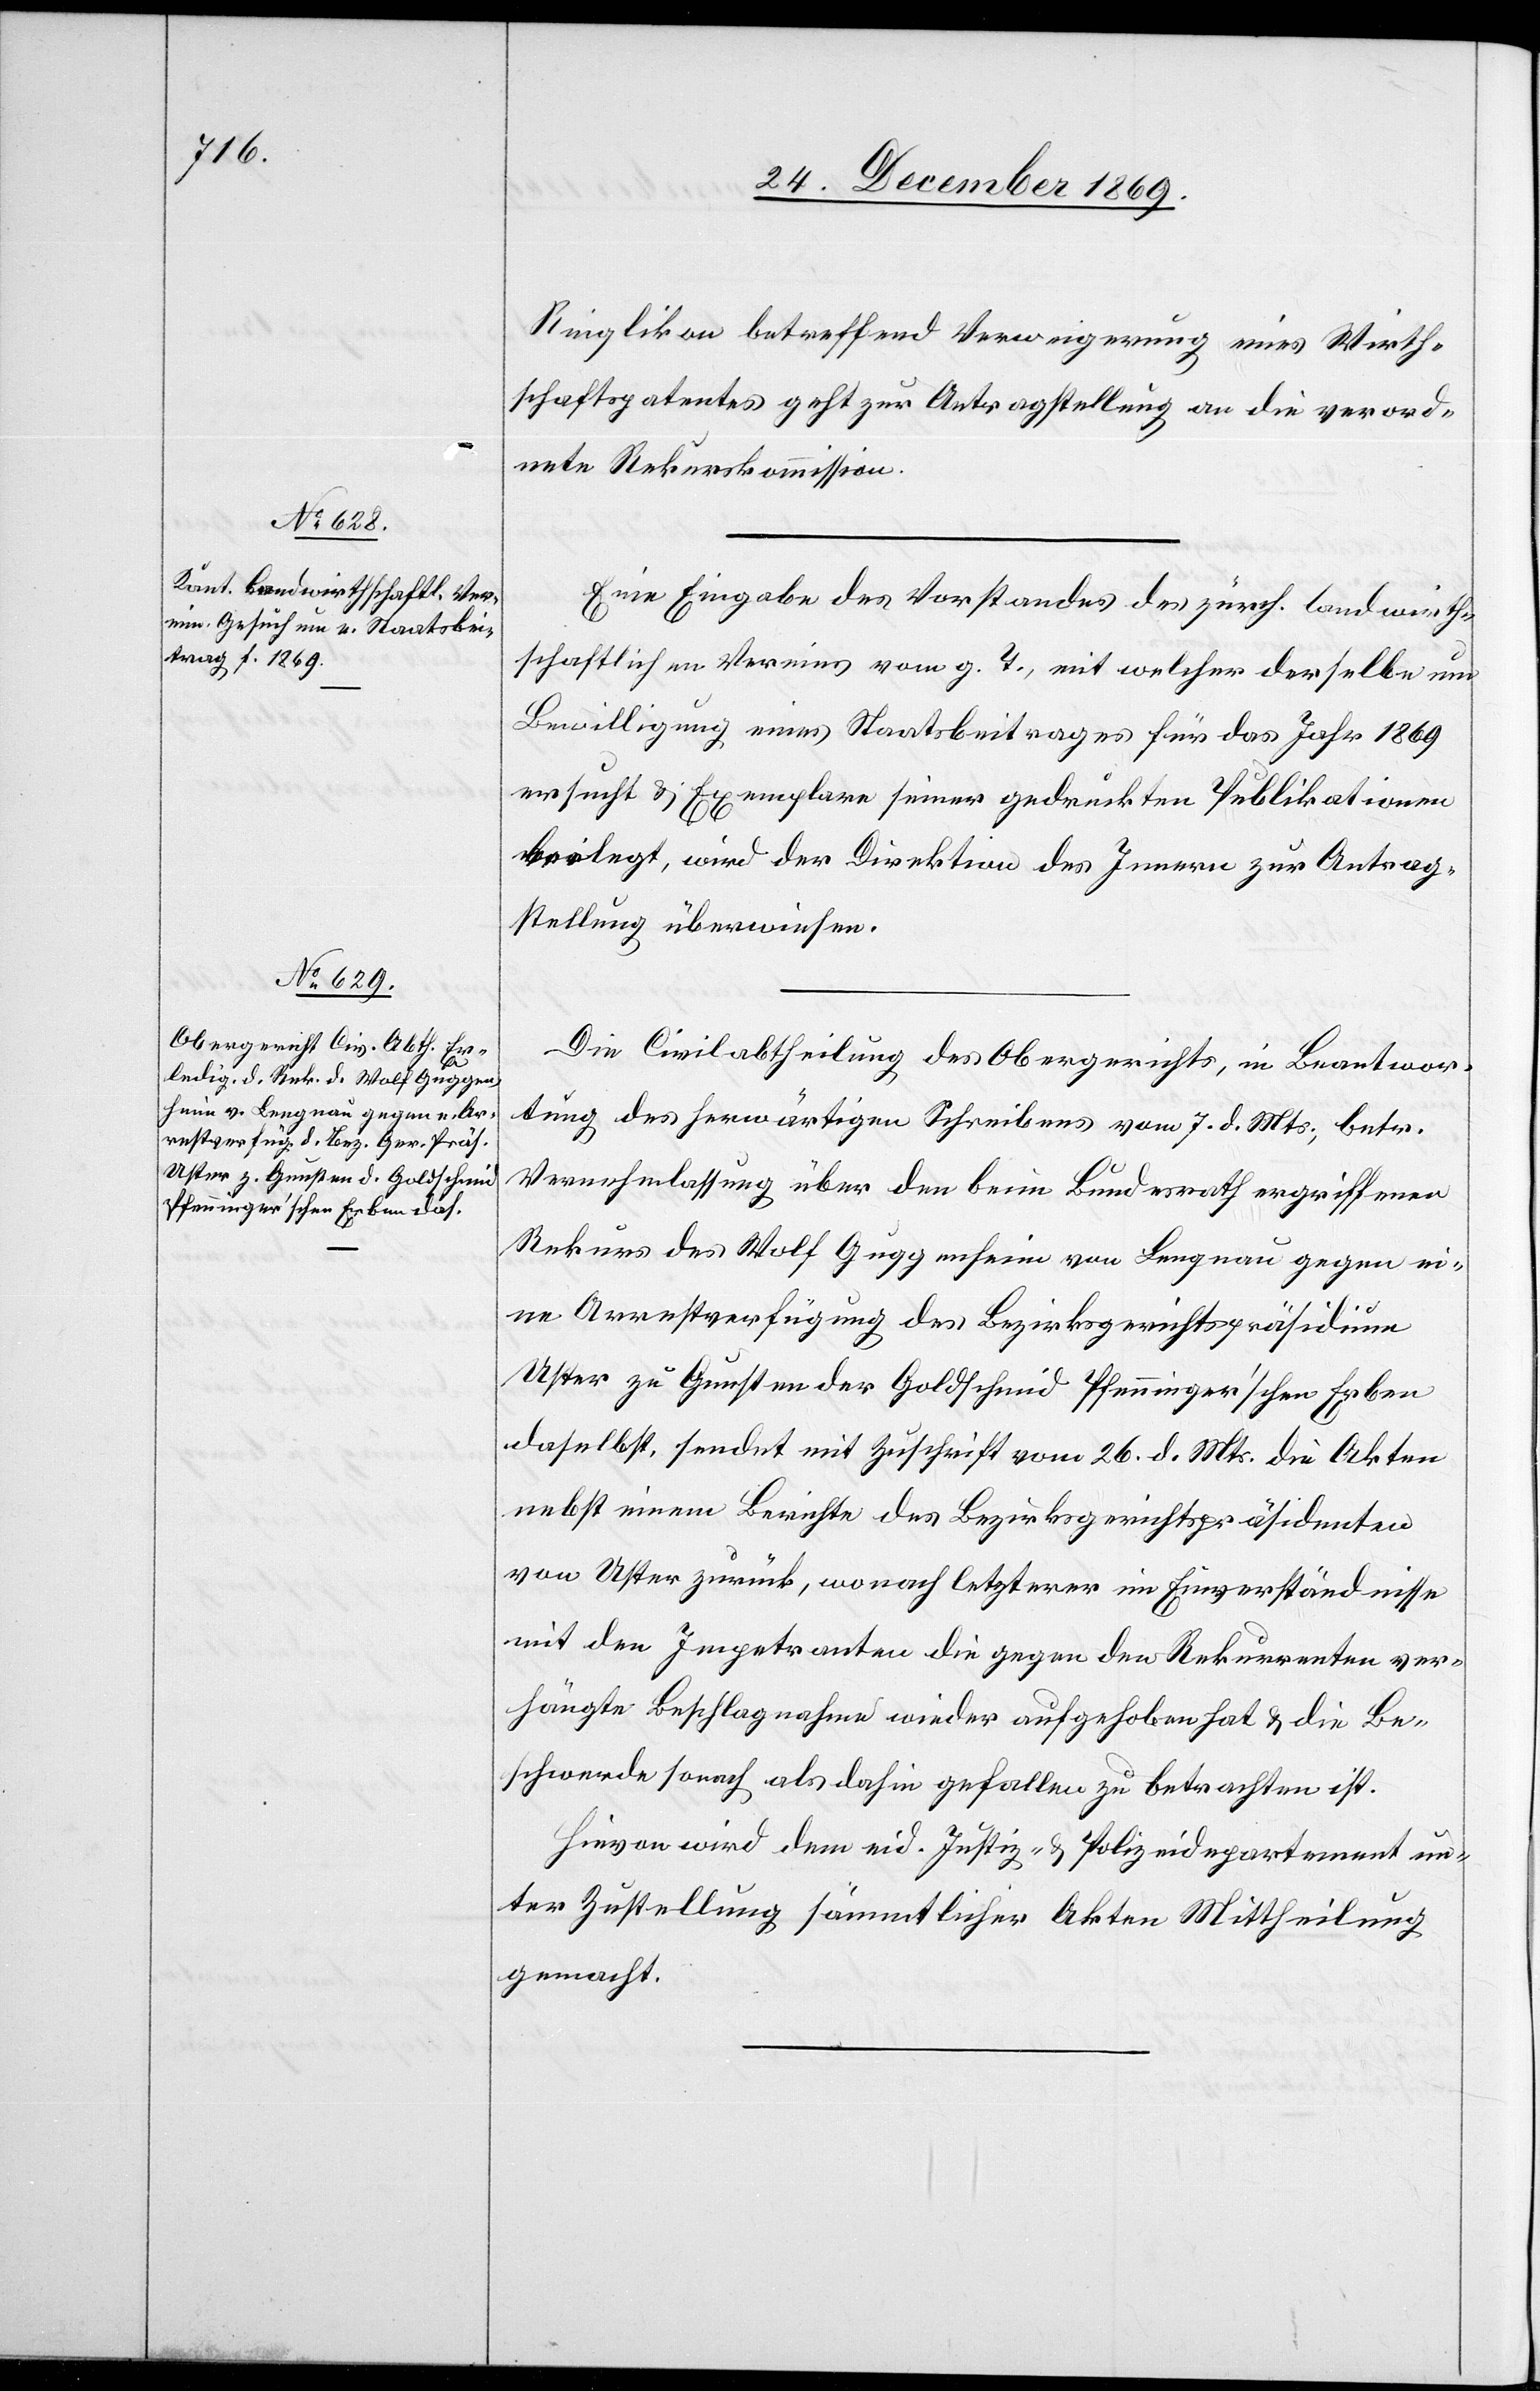
28. December 1869.]
Ringlikon betreffend Verweigerung eines Wirth¬
schaftspatentes geht zur Antragstellung an die verord¬
nete Rekurskommission.
Eine Eingabe des Vorstandes des zürch. landwirth¬
schaftlichen Vereins vom g. T., mit welcher derselbe um
Bewilligung eines Staatsbeitrages für das Jahr 1869
ersucht & Exemplare seiner gedruckten Publikationen
beilegt, wird der Direktion des Innern zur Antrag¬
stellung überwiesen.
Die Civilabtheilung des Obergerichts, in Beantwor¬
tung des herwärtigen Schreibens vom 7. d. Mts., betr.
Vernehmlassung über den beim Bundesrath ergriffenen
Rekurs des Wolf Guggenheim von Lengnau gegen ei¬
ne Arrestverfügung des Bezirksgerichtspräsidium
Uster zu Gunsten der Goldschmid Pfenninger’schen Erben
daselbst, sendet mit Zuschrift vom 26. d. Mts. die Akten
nebst einem Berichte des Bezirksgerichtspräsidenten
von Uster zurück, wonach letzterer im Einverständnisse
mit den Impetranten die gegen den Rekurrenten ver¬
hängte Beschlagnahme wieder aufgehoben hat & die Be¬
schwerde sonach als dahin gefallen zu betrachten ist.
Hievon wird dem eid. Justiz- & Polizeidepartement un¬
ter Zustellung sämmtlicher Akten Mittheilung
gemacht.